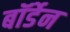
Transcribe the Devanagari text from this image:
बॉर्डेन